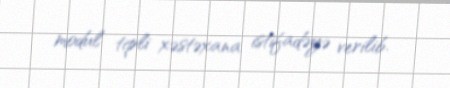
modul tipli xəstəxana istifadəyə verilib.